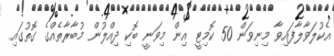
އެކުލަވާލާފައިވާ މިނިވަން 50 ކޮމިޓީ އިން މިވަނީ ބޮކި ދިއްލުން މުބާރާތެއްގެ ގޮތުގައި